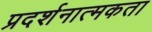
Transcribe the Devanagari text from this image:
प्रदर्शनात्मकता